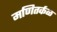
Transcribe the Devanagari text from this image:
मणितर्कळ